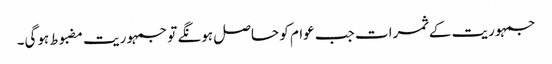
جمہوریت کے ثمرات جب عوام کو حاصل ہونگے تو جمہوریت مضبوط ہوگی۔